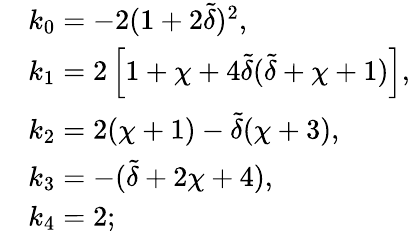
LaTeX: \begin{array}{rl}&{k_{0}=-2(1+2\tilde{\delta})^{2},}\\ &{k_{1}=2\left[1+\chi+4\tilde{\delta}(\tilde{\delta}+\chi+1)\right],}\\ &{k_{2}=2(\chi+1)-\tilde{\delta}(\chi+3),}\\ &{k_{3}=-(\tilde{\delta}+2\chi+4),}\\ &{k_{4}=2;}\end{array}